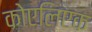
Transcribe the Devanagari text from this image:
कोएलिएक